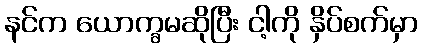
နင်က ယောက္ခမဆိုပြီး ငါ့ကို နှိပ်စက်မှာ